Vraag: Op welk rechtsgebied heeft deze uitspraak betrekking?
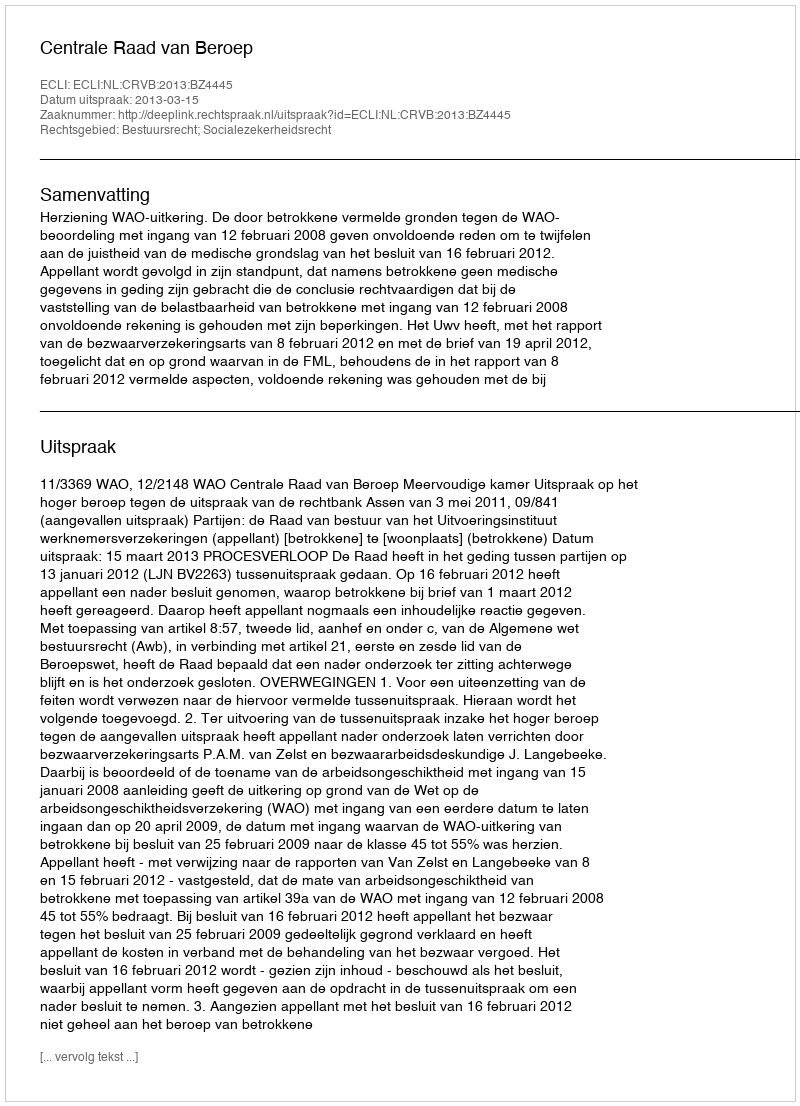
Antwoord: Bestuursrecht; Socialezekerheidsrecht